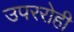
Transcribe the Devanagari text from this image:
उपररोही